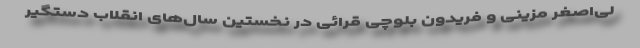
لی‌اصغر مزینی و فریدون بلوچی قرائی در نخستین‌ سال‌های انقلاب دستگیر